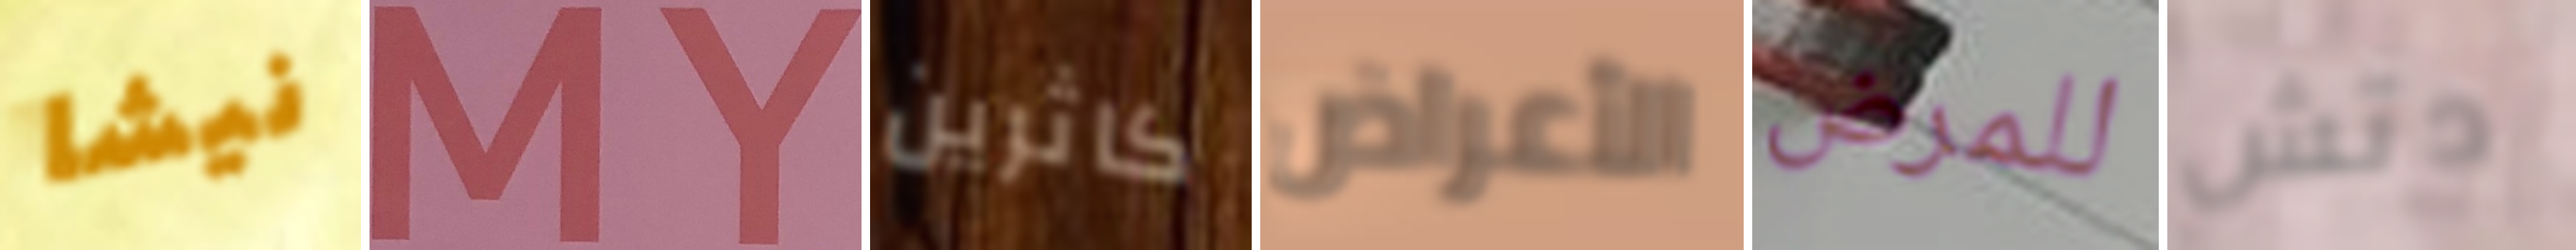
نيشا MY كاثرين الأعراض للمرض دتش